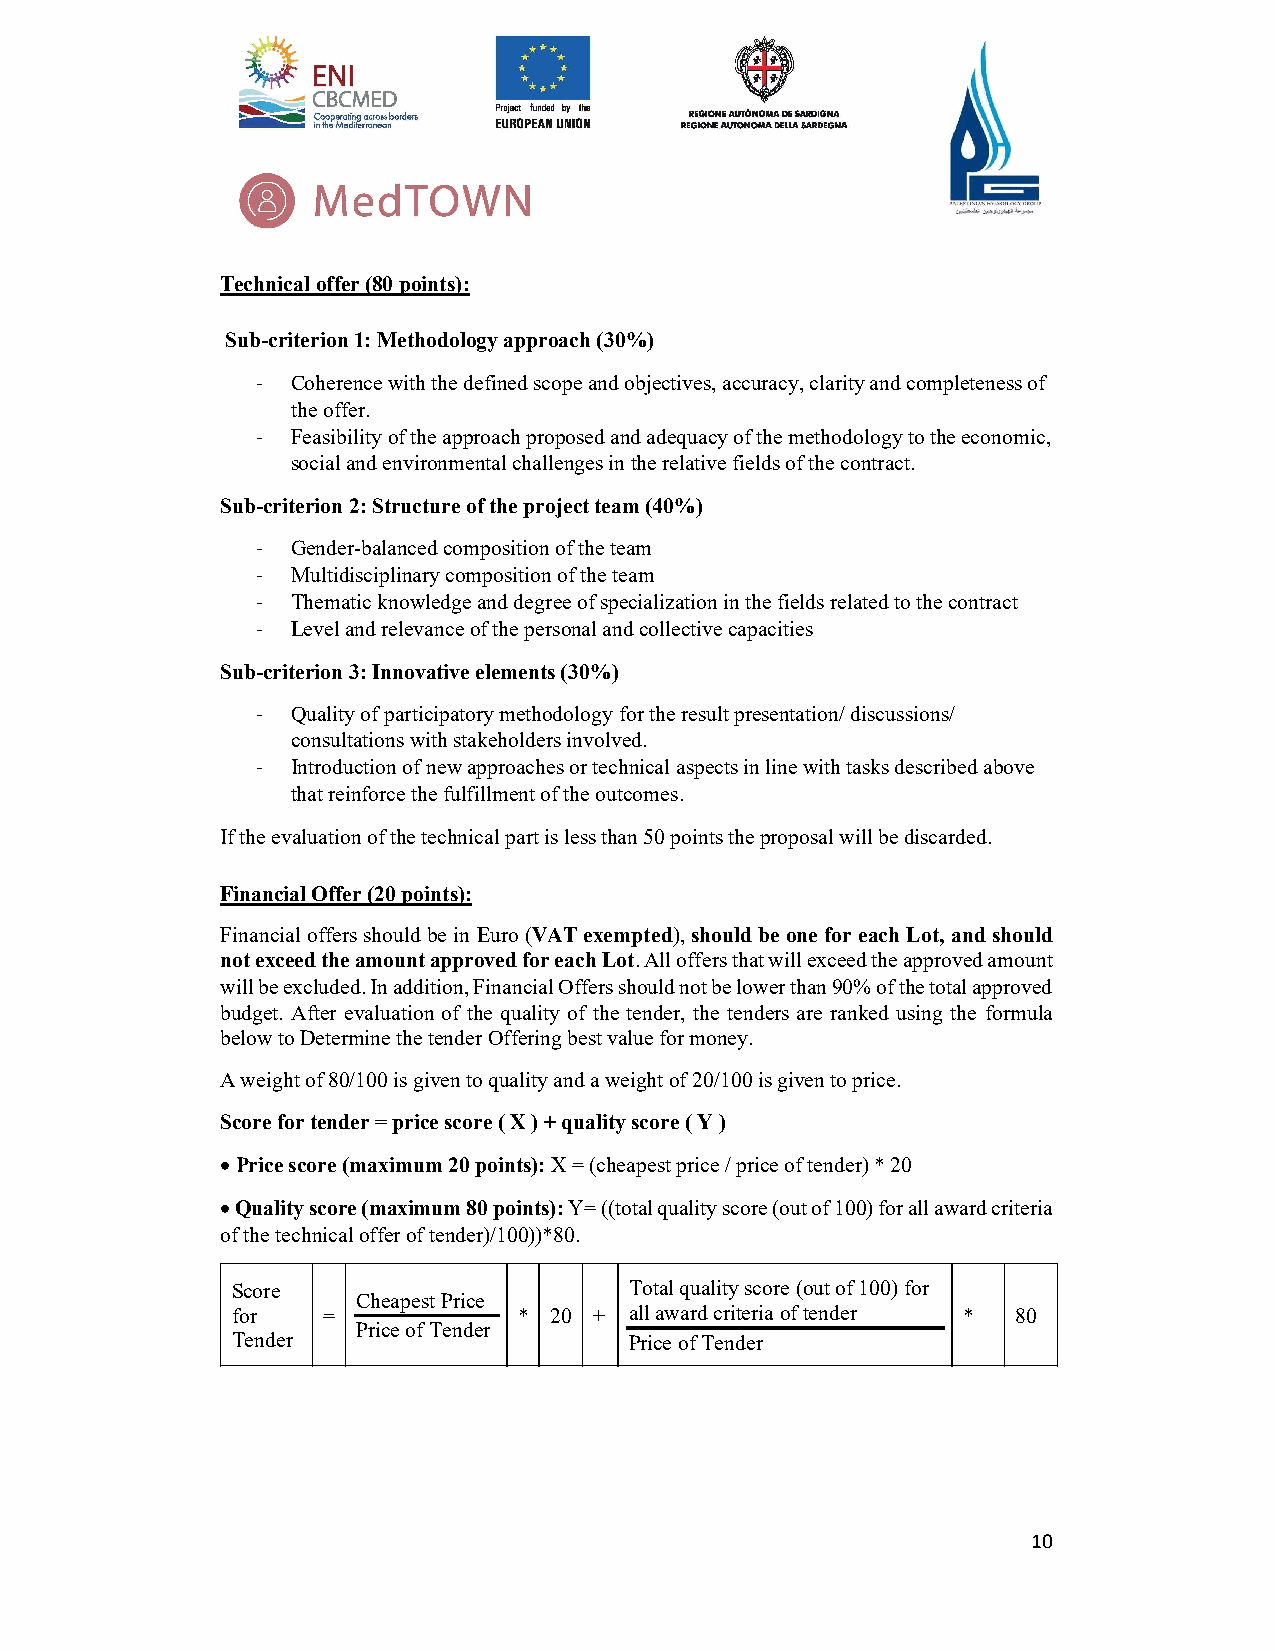
Technical offer (80 points):
 Sub-criterion 1: Methodology approach (30%)
 - Coherence with the defined scope and objectives, accuracy, clarity and completeness of
 the offer.
 - Feasibility of the approach proposed and adequacy of the methodology to the economic,
 social and environmental challenges in the relative fields of the contract.
 Sub-criterion 2: Structure of the project team (40%)
 - Gender-balanced composition of the team
 - Multidisciplinary composition of the team
 - Thematic knowledge and degree of specialization in the fields related to the contract
 - Level and relevance of the personal and collective capacities
 Sub-criterion 3: Innovative elements (30%)
 - Quality of participatory methodology for the result presentation/ discussions/
 consultations with stakeholders involved.
 - Introduction of new approaches or technical aspects in line with tasks described above
 that reinforce the fulfillment of the outcomes.
 If the evaluation of the technical part is less than 50 points the proposal will be discarded.
 Financial Offer (20 points):
 Financial offers should be in Euro (VAT exempted), should be one for each Lot, and should
 not exceed the amount approved for each Lot. All offers that will exceed the approved amount
 will be excluded. In addition, Financial Offers should not be lower than 90% of the total approved
 budget. After evaluation of the quality of the tender, the tenders are ranked using the formula
 below to Determine the tender Offering best value for money.
 A weight of 80/100 is given to quality and a weight of 20/100 is given to price.
 Score for tender = price score ( X ) + quality score ( Y )
  Price score (maximum 20 points): X = (cheapest price / price of tender) * 20
  Quality score (maximum 80 points): Y= ((total quality score (out of 100) for all award criteria
 of the technical offer of tender)/100))*80.
 Score                      Total quality score (out of 100) for
 Cheapest Price
 for   =            * 20 +  all award criteria of tender * 80
 Price of Tender
 Tender                     Price of Tender
 10